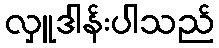
လှူဒါန်းပါသည်